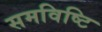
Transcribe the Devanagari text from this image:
समविष्टि